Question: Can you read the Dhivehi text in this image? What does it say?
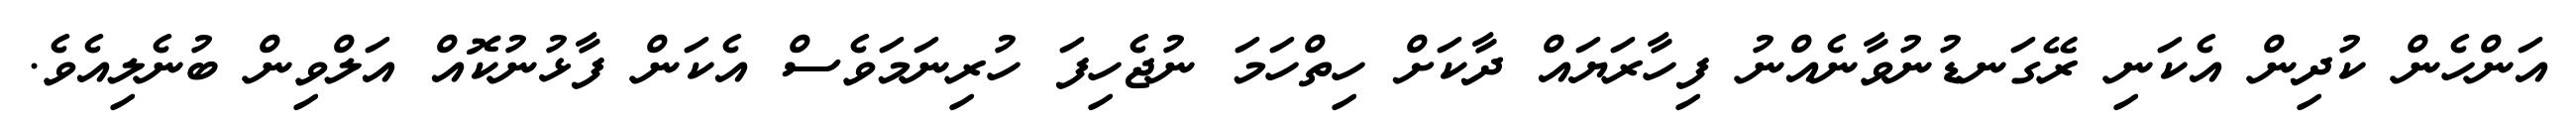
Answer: އަންހެން ކުދިން އެކަނި ރޭގަނޑުނުވާނެއްނު ފިހާރަޔައް ދާކަށް ހިތްހަމަ ނުޖެހިފަ ހުރިނަމަވެސް އެކަން ފާޅުނުކޮއް އަލްވިން ބުނެލިއެވެ.